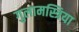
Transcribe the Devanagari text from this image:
गुलामस्त्रिया